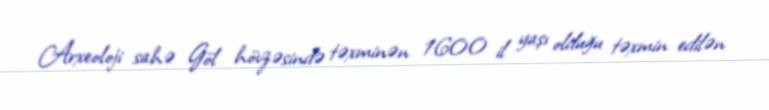
Arxeoloji sahə Göl hövzəsində təxminən 1600 il yaşı olduğu təxmin edilən